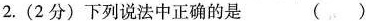
2. (2分) 下列说法中正确的是 ( )